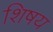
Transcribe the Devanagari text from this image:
शिषय